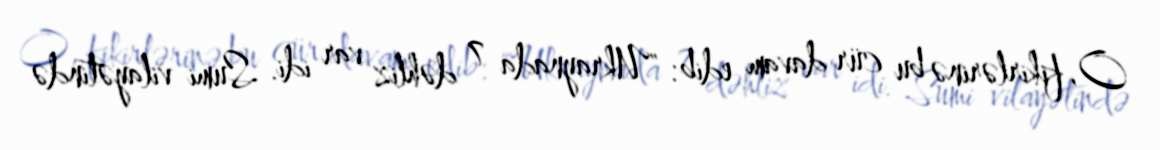
O, fikirlərinə bu cür davam edib: "Ukraynada 7 dəhliz var idi. Sumi vilayətində